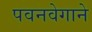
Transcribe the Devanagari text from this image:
पवनवेगाने